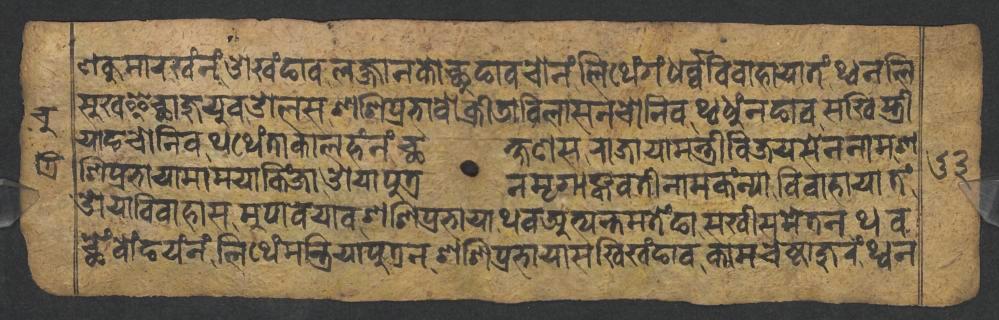
𑐞𑐎𑐸𑐩𑐵𑐬𑐏𑑄𑐣𑑄𑐌𑐏𑑄𑐒𑐵𑐰𑐮𑐖𑑂𑐖𑐵𑐣𑐎𑑀𑐕𑐸𑐒𑐵𑐰𑐔𑑀𑐣𑑄𑐮𑐶𑐠𑐾𑑄𑐐𑑄𑐢𑐬𑑂𑐰𑑂𑐰𑐰𑐶𑐰𑐵𑐴𑐵𑐫𑐵𑐟𑑄𑐠𑑂𑐰𑐣𑐮𑐶 𑐳𑐸𑐏𑐿𑐔𑑂𑐕𑐵𑐖𑐸𑐫𑐸𑐰𑐌𑐮𑐳𑐱𑐱𑐶𑐥𑑂𑐬𑐨𑐵𑐰𑑀𑐎𑑂𑐬𑐷𑐜𑐵𑐰𑐶𑐮𑐵𑐳𑐣𑐔𑑀𑐣𑐶𑐰𑐠𑑂𑐰𑐢𑐸𑑄𑐣𑐒𑐵𑐰𑐳𑐏𑐶𑐳𑑂𑐟𑑂𑐬𑐷 𑐫𑐵𑐒𑐔𑑀𑐣𑐶𑐰𑐠𑐠𑐾𑑄𑐟𑐵𑐎𑐵𑐮𑐴𑑄𑐣𑑄𑐕𑐎𑑂𑐲𑐞𑐳𑐬𑐵𑐖𑐵𑐫𑐵𑐩𑐣𑑂𑐟𑑂𑐬𑐷𑐰𑐶𑐖𑐫𑐳𑐾𑐣𑐣𑐵𑐩𑐱 𑐱𑐶𑐥𑑂𑐬𑐨𑐵𑐫𑐵𑐩𑐵𑐩𑐫𑐵𑐎𑐶𑑄𑐖𑐵𑐌𑐫𑐵𑐥𑐸𑐟𑑂𑐬𑐣𑐩𑐺𑐐𑐵𑐒𑑂𑐎𑐰𑐟𑐷𑐣𑐵𑐩𑐎𑑄𑐣𑑂𑐫𑐵𑐰𑐶𑐰𑐵𑐴𑐵𑐫𑐵𑐟𑑄 𑐌𑐫𑐵𑐰𑐶𑐰𑐵𑐴𑐵𑐳𑐩𑐸𑐥𑐵𑐰𑐫𑐵𑐰𑐱𑐱𑐶𑐥𑑂𑐬𑐨𑐵𑐫𑐵𑐠𑐰𑐀𑐟𑑂𑐫𑐣𑑂𑐟𑐩𑐟𑐾𑑄𑐒𑐵𑐳𑐏𑐷𑐳𑐩𑐾𑐟𑐣𑐠𑐰 𑐕𑐾𑑄𑐧𑑀𑑄𑐒𑐫𑑄𑐣𑑄𑐮𑐶𑐠𑐾𑑄𑐩𑐣𑑂𑐟𑑂𑐬𑐶𑐫𑐵𑐥𑐸𑐟𑑂𑐬𑐣𑐱𑐱𑐶𑐥𑑂𑐬𑐨𑐵𑐫𑐵𑐳𑐏𑐶𑐏𑑄𑐒𑐵𑐰𑐎𑐵𑐩𑐔𑐾𑐲𑑂𑐚𑐵𑐖𑐸𑐬𑑄𑐠𑑂𑐰𑐣